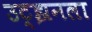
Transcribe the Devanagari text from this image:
उट्झनला